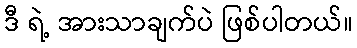
ဒီ ရဲ့ အားသာချက်ပဲ ဖြစ်ပါတယ်။